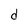
Character: d